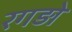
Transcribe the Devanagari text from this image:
रगड़ो